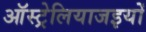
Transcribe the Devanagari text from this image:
ऑस्ट्रेलियाजइयों